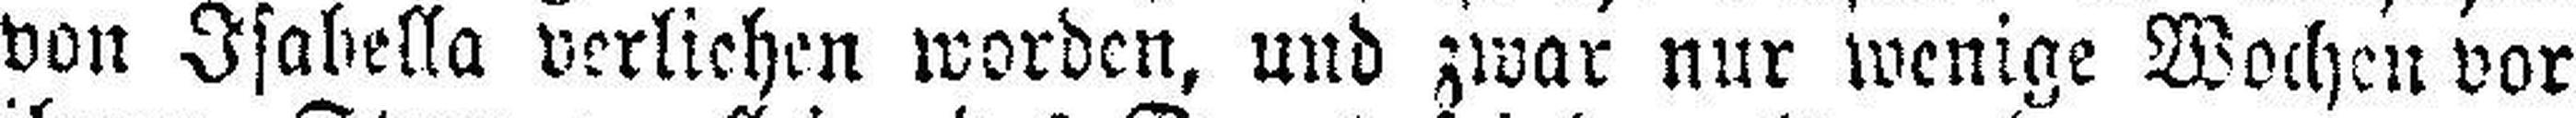
von Isabella verliehen worden, und zwar nur wenige Wochen vor